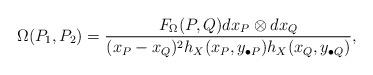
LaTeX: \begin{align*}\Omega(P_1, P_2) =\frac{F_\Omega(P, Q)d x_P \otimes d x_Q}{(x_P-x_Q)^2 h_X(x_{P},y_{\bullet P})h_X(x_{Q},y_{\bullet Q})},\end{align*}